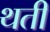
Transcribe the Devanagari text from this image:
थती